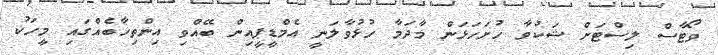
ވޯޓާސް ލިސްޓަށް ޝަކުވާ ހުށަހަޅަން މާދަމާ ހުޅުވާލަނީ އެމްޑީޕީއިން ބޭއްވި އިންތިހާބެއްގައި މީހަކު